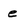
Character: e